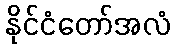
နိုင်ငံတော်အလံ